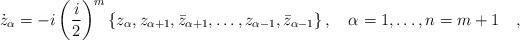
LaTeX: \begin{align*}\dot{z}_\alpha=-i\left(\frac{i}{2}\right)^m \{z_\alpha,z_{\alpha+1},\bar{z}_{\alpha+1}, \dots,z_{\alpha-1},\bar{z}_{\alpha-1}\}\,,\quad \alpha=1,\dots,n=m+1 \quad,\end{align*}